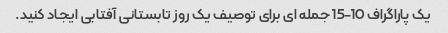
یک پاراگراف 10-15 جمله ای برای توصیف یک روز تابستانی آفتابی ایجاد کنید.